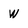
Character: W